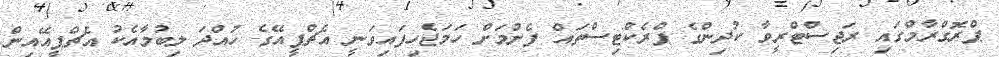
ޕްރޮގްރާމްގައި ރަޖިސްޓްރީވާ ކުދިންގެ ޕްރެކްޓިސްތައް ފެށުމަށް ހަމަޖެހިފައިވަނީ އެޗްޕީއޭގެ ހުއްދަ ލިބުމާއެކު އެޗްޕީއޭއިން